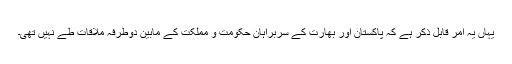
یہاں یہ امر قابل ذکر ہے کہ پاکستان اور بھارت کے سربراہان حکومت و مملکت کے مابین دوطرفہ ملاقات طے نہیں تھی۔